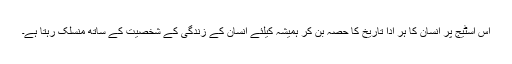
اس اسٹیج پر انسان کا ہر ادا تاریخ کا حصہ بن کر ہمیشہ کیلئے انسان کے زندگی کے شخصیت کے ساتھ منسلک رہتا ہے۔